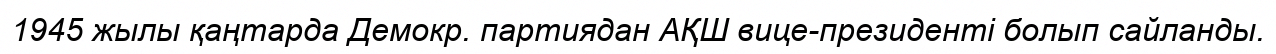
1945 жылы қаңтарда Демокр. партиядан АҚШ вице-президенті болып сайланды.